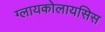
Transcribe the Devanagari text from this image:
ग्लायकोलायसिस